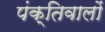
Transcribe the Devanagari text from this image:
पंक्तिवालों